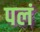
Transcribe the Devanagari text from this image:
पलं